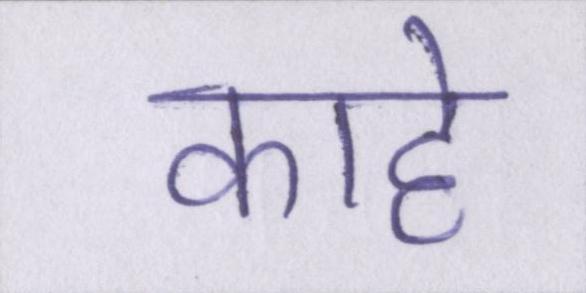
काहे